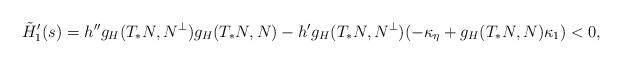
LaTeX: \begin{align*}\tilde H_1'(s)=h''g_H(T_*N,N^\perp)g_H(T_*N,N)-h'g_H(T_*N,N^\perp)(-\kappa_\eta+g_H(T_*N,N)\kappa_1)<0,\end{align*}